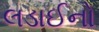
લડાઈનો